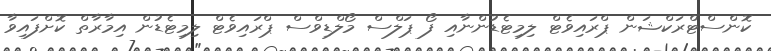
ކޮންސްޓްރަކްޝަން ޕްރައިވެޓް ލިމިޓެޑުންނާއި ފޯ ޕަލްސް މޯލްޑިވްސް ޕްރައިވެޓް ލިމިޓެޑުން އިމާރާތް ކޮށްފައިވާ